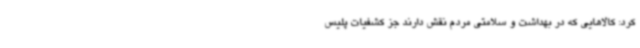
کرد: کالاهایی که در بهداشت و سلامتی مردم نقش دارند جز کشفیات پلیس